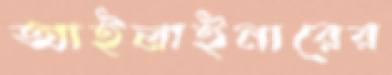
আইলাইনারের